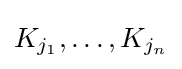
K_{j_{1}},\dots ,K_{j_{n}}